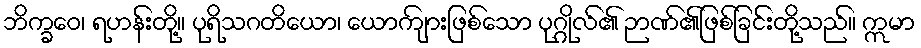
ဘိက္ခဝေ၊ ရဟန်းတို့။ ပုရိသဂတိယော၊ ယောကျ်ားဖြစ်သော ပုဂ္ဂိုလ်၏ ဉာဏ်၏ဖြစ်ခြင်းတို့သည်။ ဣမာ